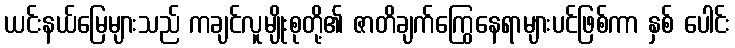
ယင်းနယ်မြေများသည် ကချင်လူမျိုးစုတို့၏ ဇာတိချက်ကြွေနေရာများပင်ဖြစ်ကာ နှစ် ပေါင်း